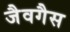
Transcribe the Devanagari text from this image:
जैवगैस